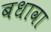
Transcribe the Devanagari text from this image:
बधावा